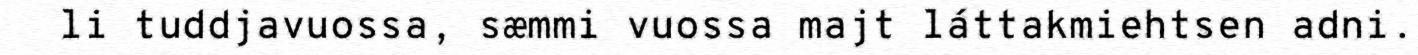
li tuddjavuossa, sæmmi vuossa majt láttakmiehtsen adni.